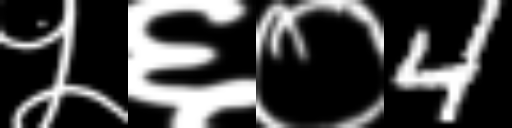
Text: ५६०4